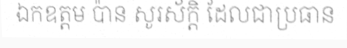
ឯកឧត្តម ប៉ាន សូរស័ក្តិ ដែលជាប្រធាន